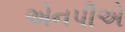
એનપીએ